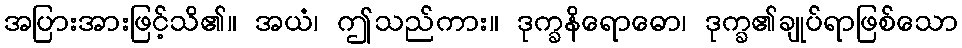
အပြားအားဖြင့်သိ၏။ အယံ၊ ဤသည်ကား။ ဒုက္ခနိရောဓော၊ ဒုက္ခ၏ချုပ်ရာဖြစ်သော